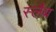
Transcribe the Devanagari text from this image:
स्‍लैब